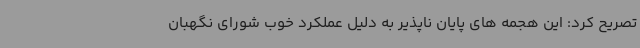
تصریح کرد: این هجمه های پایان ناپذیر به دلیل عملکرد خوب شورای نگهبان